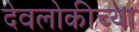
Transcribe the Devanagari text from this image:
देवलोकीच्या